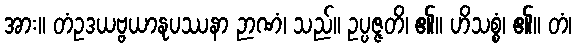
အား။ တံဥဒယဗ္ဗယာနုပဿနာ ဉာဏံ၊ သည်။ ဥပ္ပဇ္ဇတိ၊ ၏။ ဟိသစ္စံ၊ ၏။ တံ၊